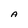
Character: A